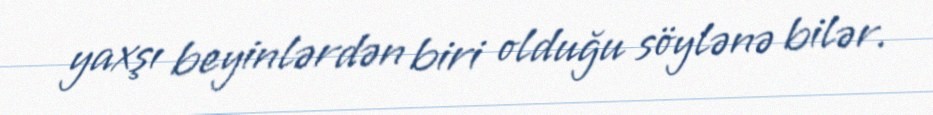
yaxşı beyinlərdən biri olduğu söylənə bilər.